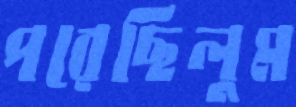
পরেছিলুম